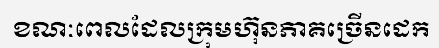
ខណៈពេលដែលក្រុមហ៊ុនភាគច្រើនដេក